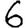
Digit: 6